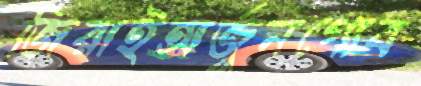
জিরাইঅর্জুনগোব